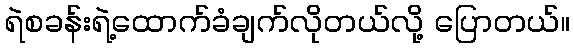
ရဲစခန်းရဲ့ထောက်ခံချက်လိုတယ်လို့ ပြောတယ်။